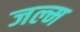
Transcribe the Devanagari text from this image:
जल्म